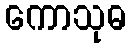
ကောသုဓ